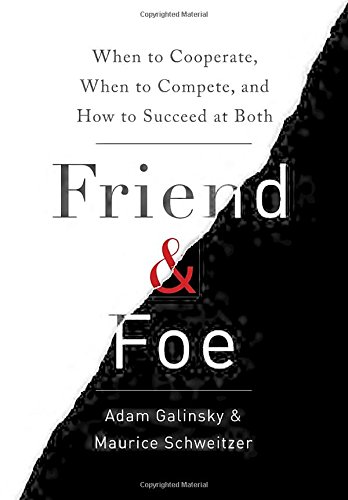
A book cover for Friend & Foe: When to Cooperate, When to Compete, and How to Succeed at Both; Adam Galinsky; Self-Help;